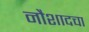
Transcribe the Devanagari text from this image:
नौशादचा